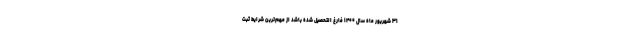
۳۱ شهریور ماه سال ۱۴۰۰ فارغ التحصیل شده باشد از مهم‌ترین شرایط ثبت